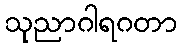
သုညာဂါရဂတာ